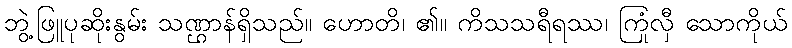
ဘွဲ့ဖြူပုဆိုးနွမ်း သဏ္ဌာန်ရှိသည်။ ဟောတိ၊ ၏။ ကိသသရီရဿ၊ ကြုံလှီ သောကိုယ်